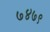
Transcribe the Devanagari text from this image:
७४७९